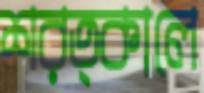
শরত্কালে